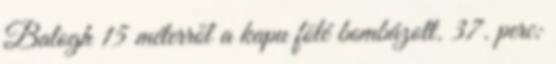
Balogh 15 méterről a kapu fölé bombázott. 37. perc: